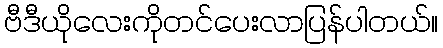
ဗီဒီယိုလေးကိုတင်ပေးလာပြန်ပါတယ်။